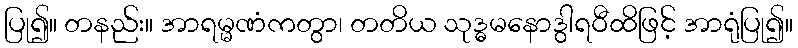
ပြု၍။ တနည်း။ အာရမ္မဏံကတွာ၊ တတိယ သုဒ္ဓမနောဒွါရဝီထိဖြင့် အာရုံပြု၍။